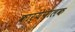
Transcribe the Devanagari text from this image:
कार्येपालक